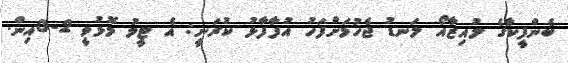
ބެންފީކާގެ ލުއިޒާއޯ ލަނޑު ޖެހުމަށްފަހު އުފާފާޅު ކުރަނީ: އެ ޓީމު މޮޅުވީ 2-0އިން.